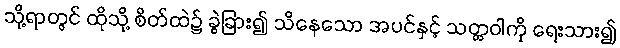
သို့ရာတွင် ထိုသို့ စိတ်ထဲ၌ ခွဲခြား၍ သိနေသော အပင်နှင့် သတ္တဝါကို ရေးသား၍